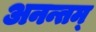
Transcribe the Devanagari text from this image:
अनन्तम्